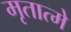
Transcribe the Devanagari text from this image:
मृतात्मे